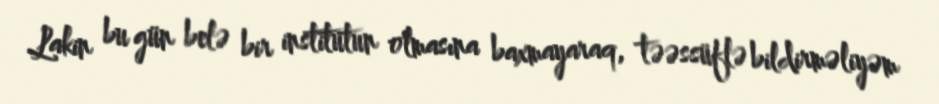
Lakin bu gün belə bir institutun olmasına baxmayaraq, təəssüflə bildirməliyəm